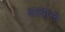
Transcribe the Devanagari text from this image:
अल्बास्ते